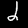
Label: 2